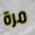
مرة